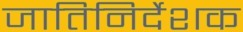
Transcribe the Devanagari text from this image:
जातिनिर्देशक